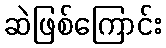
ဆဲဖြစ်ကြောင်း